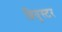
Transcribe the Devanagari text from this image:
ब्रियुस्टर